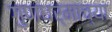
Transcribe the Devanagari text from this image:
गुणधर्माच्या